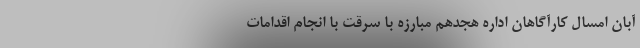
آبان امسال کارآگاهان اداره هجدهم مبارزه با سرقت با انجام اقدامات